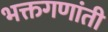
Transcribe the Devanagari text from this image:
भक्तगणांती